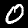
Label: 0